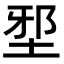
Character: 𡌯